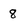
Character: 8